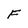
Character: F